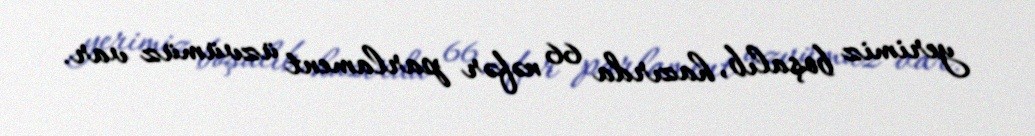
yerimiz boşalıb, hazırda 66 nəfər parlament üzvümüz var.